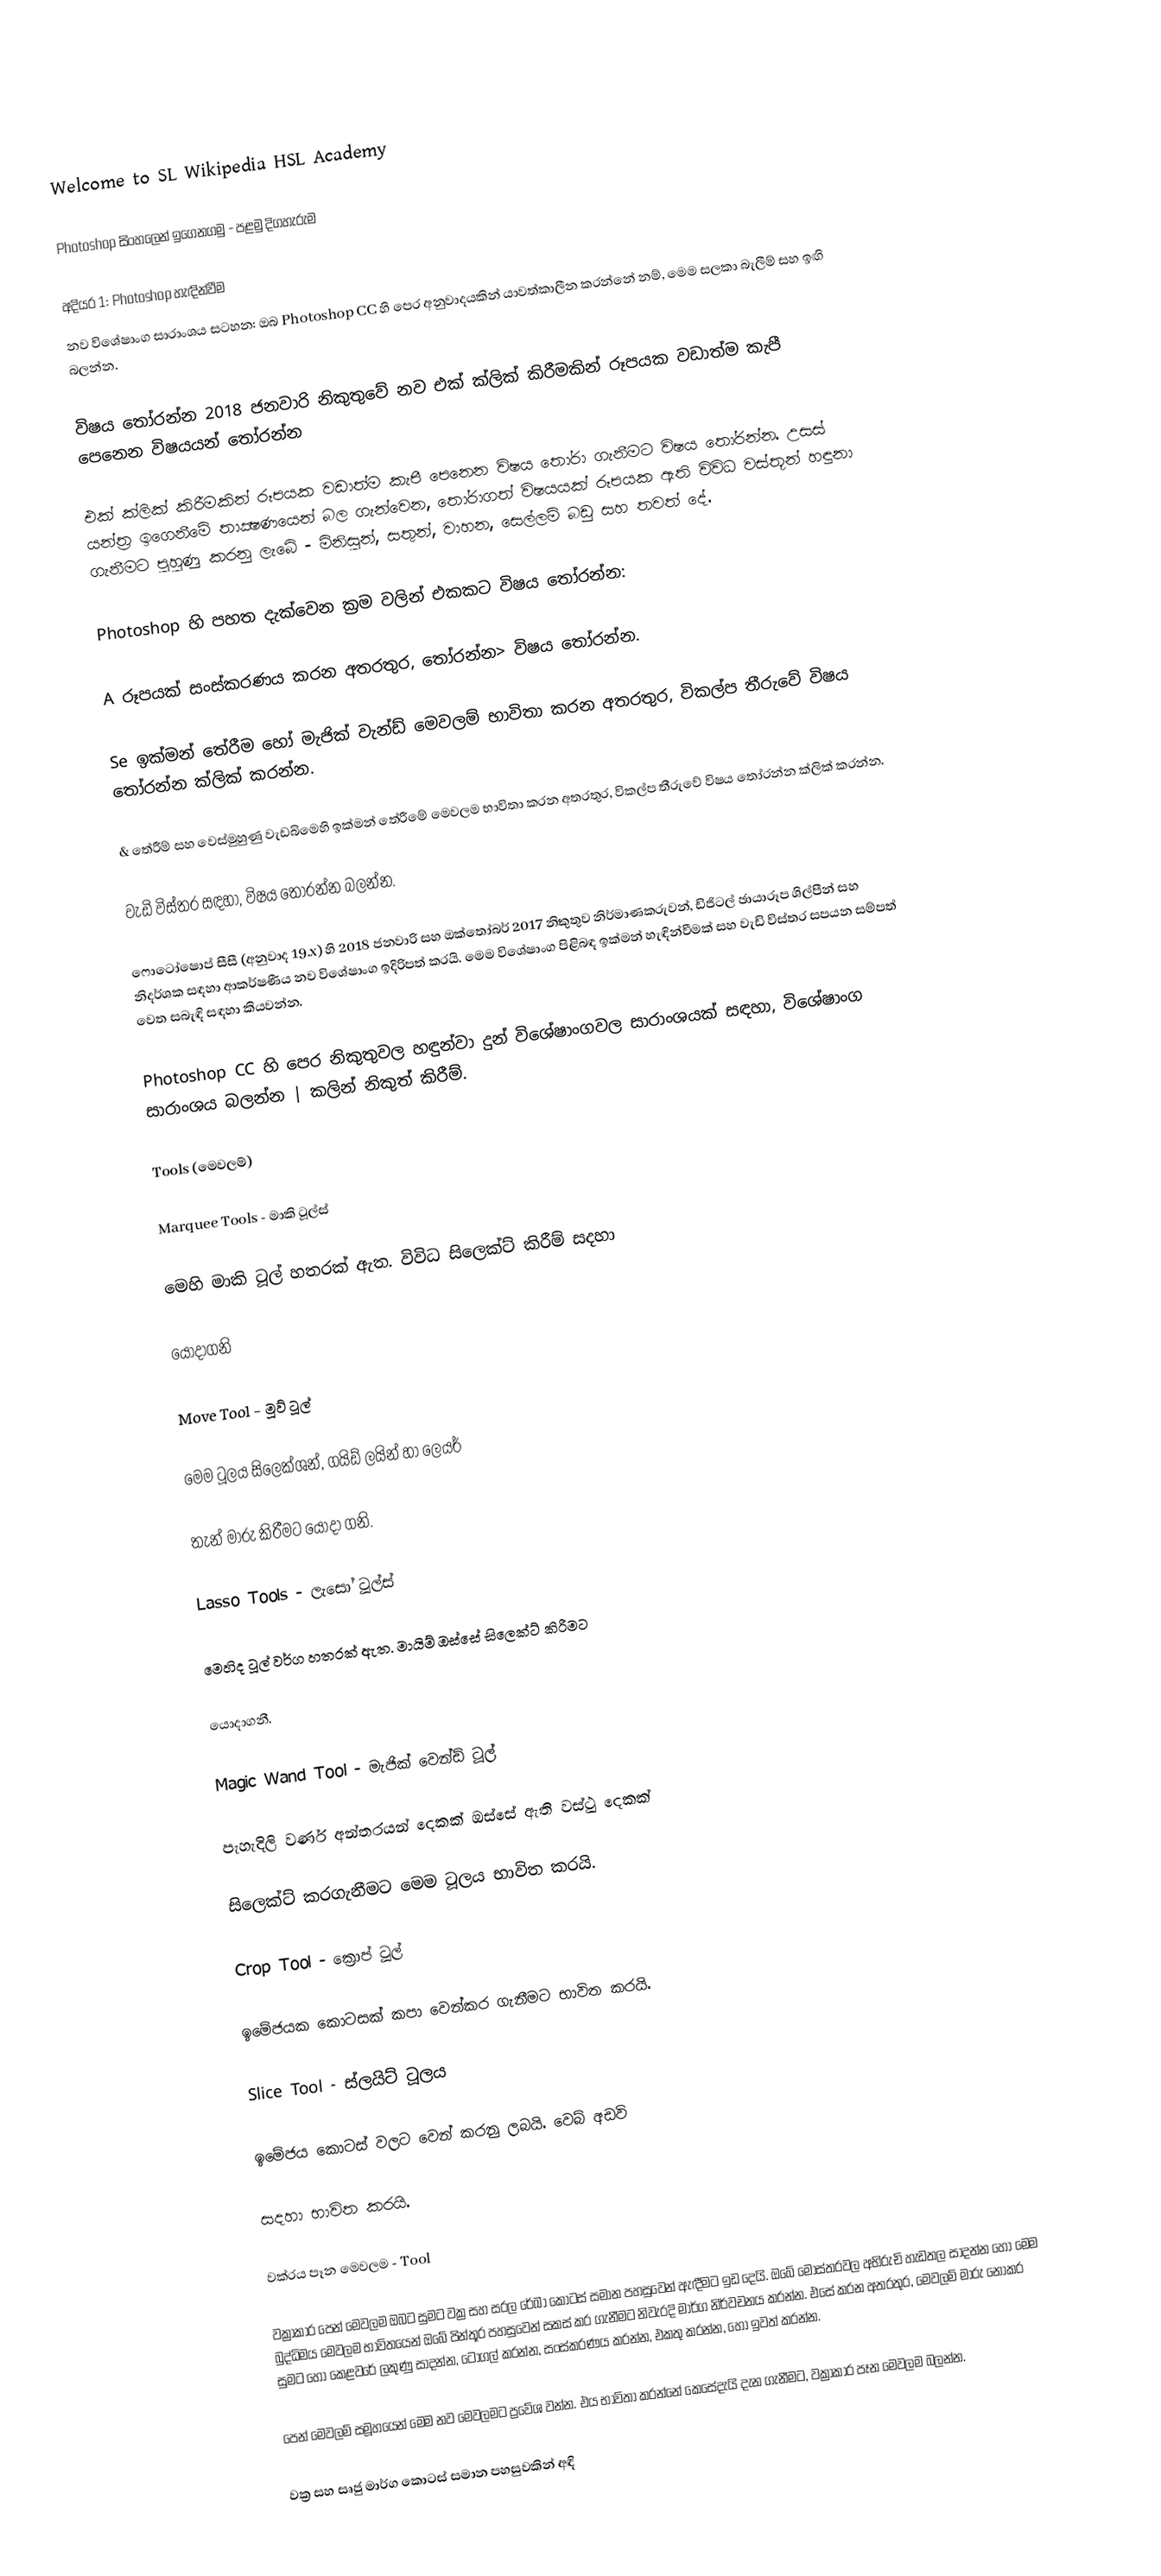

Welcome to SL Wikipedia      HSL Academy

Photoshop සිංහලෙන් ඉගෙනගමු - පළමු දිගහැරුම

අදියර 1: Photoshop හැඳින්වීම
නව විශේෂාංග සාරාංශය සටහන: ඔබ Photoshop CC හි පෙර අනුවාදයකින් යාවත්කාලීන කරන්නේ නම්, මෙම සලකා බැලීම් සහ ඉඟි බලන්න.

විෂය තෝරන්න 2018 ජනවාරි නිකුතුවේ නව එක් ක්ලික් කිරීමකින් රූපයක වඩාත්ම කැපී පෙනෙන විෂයයන් තෝරන්න

එක් ක්ලික් කිරීමකින් රූපයක වඩාත්ම කැපී පෙනෙන විෂය තෝරා ගැනීමට විෂය තෝරන්න. උසස් යන්ත්‍ර ඉගෙනීමේ තාක්‍ෂණයෙන් බල ගැන්වෙන, තෝරාගත් විෂයයක් රූපයක ඇති විවිධ වස්තූන් හඳුනා ගැනීමට පුහුණු කරනු ලැබේ - මිනිසුන්, සතුන්, වාහන, සෙල්ලම් බඩු සහ තවත් දේ.

Photoshop හි පහත දැක්වෙන ක්‍රම වලින් එකකට විෂය තෝරන්න:

A රූපයක් සංස්කරණය කරන අතරතුර, තෝරන්න> විෂය තෝරන්න.

Se ඉක්මන් තේරීම හෝ මැජික් වැන්ඩ් මෙවලම් භාවිතා කරන අතරතුර, විකල්ප තීරුවේ විෂය තෝරන්න ක්ලික් කරන්න.

& තේරීම් සහ වෙස්මුහුණු වැඩබිමෙහි ඉක්මන් තේරීමේ මෙවලම භාවිතා කරන අතරතුර, විකල්ප තීරුවේ විෂය තෝරන්න ක්ලික් කරන්න.

වැඩි විස්තර සඳහා, විෂය තෝරන්න බලන්න.

ෆොටෝෂොප් සීසී (අනුවාද 19.x) හි 2018 ජනවාරි සහ ඔක්තෝබර් 2017 නිකුතුව නිර්මාණකරුවන්, ඩිජිටල් ඡායාරූප ශිල්පීන් සහ නිදර්ශක සඳහා ආකර්ෂණීය නව විශේෂාංග ඉදිරිපත් කරයි. මෙම විශේෂාංග පිළිබඳ ඉක්මන් හැඳින්වීමක් සහ වැඩි විස්තර සපයන සම්පත් වෙත සබැඳි සඳහා කියවන්න.

Photoshop CC හි පෙර නිකුතුවල හඳුන්වා දුන් විශේෂාංගවල සාරාංශයක් සඳහා, විශේෂාංග සාරාංශය බලන්න | කලින් නිකුත් කිරීම්.

Tools (මෙවලම්)

Marquee Tools - මාකි ටූල්ස්

මෙහි මාකි ටූල් හතරක් ඇත. විවිධ සිලෙක්ට් කිරීම් සදහා

යොදාගනි

Move Tool - මූව් ටූල්‍

මෙම ටූලය සිලෙක්ශන්, ගයිඩ් ලයින් හා ලෙයර්

තැන් මාරු කිරීමට යොදා ගනි.

Lasso Tools - ලැසෝ ටූල්ස්

මෙහිද ටූල් වර්ග හතරක් ඇත. මායිම් ඔස්සේ සිලෙක්ට් කිරීමට

යොදාගනී.

Magic Wand Tool - මැජික් වෙන්ඩ් ටූල්

පැහැදිලි වර්ණ අන්තරයන් දෙකක් ඔස්සේ ඇති වස්ථු දෙකක්

සිලෙක්ට් කරගැනීමට මෙම ටූලය භාවිත කරයි.

Crop Tool - ක්‍රොප් ටූල්

ඉමේජයක කොටසක් කපා වෙන්කර ගැනීමට භාවිත කරයි.

Slice Tool - ස්ලයිට් ටූලය

ඉමේජය කොටස් වලට වෙන් කරනු ලබයි. වෙබ් අඩවි

සදහා භාවිත කරයි.

වක්රය පෑන මෙවලම - Tool

වක්‍රාකාර පෙන් මෙවලම ඔබට සුමට වක්‍ර සහ සරල රේඛා කොටස් සමාන පහසුවෙන් ඇඳීමට ඉඩ දෙයි. ඔබේ මෝස්තරවල අභිරුචි හැඩතල සාදන්න හෝ මෙම බුද්ධිමය මෙවලම භාවිතයෙන් ඔබේ පින්තූර පහසුවෙන් සකස් කර ගැනීමට නිවැරදි මාර්ග නිර්වචනය කරන්න. එසේ කරන අතරතුර, මෙවලම් මාරු නොකර සුමට හෝ කෙළවරේ ලකුණු සාදන්න, ටොගල් කරන්න, සංස්කරණය කරන්න, එකතු කරන්න, හෝ ඉවත් කරන්න.

පෙන් මෙවලම් සමූහයෙන් මෙම නව මෙවලමට ප්‍රවේශ වන්න. එය භාවිතා කරන්නේ කෙසේදැයි දැන ගැනීමට, වක්‍රාකාර පෑන මෙවලම බලන්න.

වක්‍ර සහ සෘජු මාර්ග කොටස් සමාන පහසුවකින් අඳි